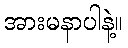
အားမနာပါနဲ့။